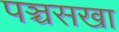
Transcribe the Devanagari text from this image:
पञ्चसखा